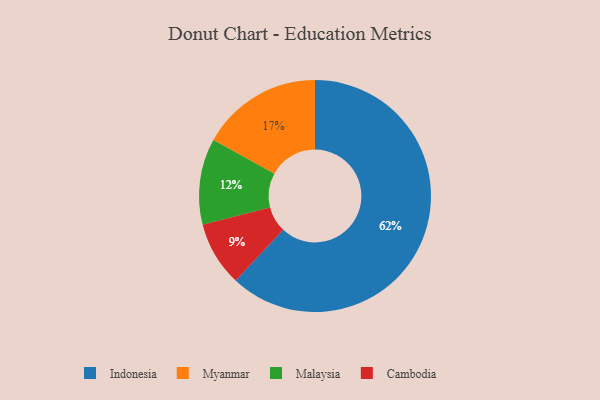
{"axis": {"x": "Category", "y": "Percentage"}, "legend": ["Cambodia", "Indonesia", "Malaysia", "Myanmar"], "data": [{"x": "Indonesia", "y": 62, "type": "Indonesia"}, {"x": "Myanmar", "y": 17, "type": "Myanmar"}, {"x": "Malaysia", "y": 12, "type": "Malaysia"}, {"x": "Cambodia", "y": 9, "type": "Cambodia"}]}